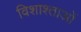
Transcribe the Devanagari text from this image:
विशाश्ताओं